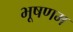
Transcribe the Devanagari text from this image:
भूषणम